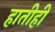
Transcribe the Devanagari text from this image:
हातीही